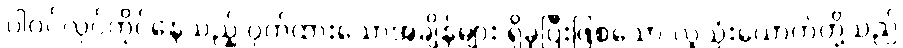
ပါဝင်လုပ်ကိုင်နေသည့် ဝှက်ထားသောအချိန်များ ရှိခဲ့ပြီးဖြစ်သော လူသုံးယောက်တို့သည်